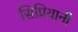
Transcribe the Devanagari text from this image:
सिप्रियानी